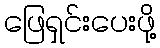
ဖြေရှင်းပေးဖို့